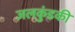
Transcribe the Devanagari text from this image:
जलकुंडकी